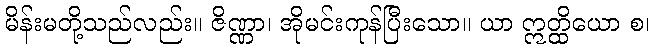
မိန်းမတို့သည်လည်း။ ဇိဏ္ဏာ၊ အိုမင်းကုန်ပြီးသော။ ယာ ဣတ္ထိယော စ၊